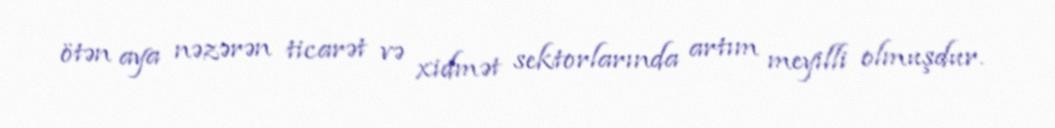
ötən aya nəzərən ticarət və xidmət sektorlarında artım meyilli olmuşdur.